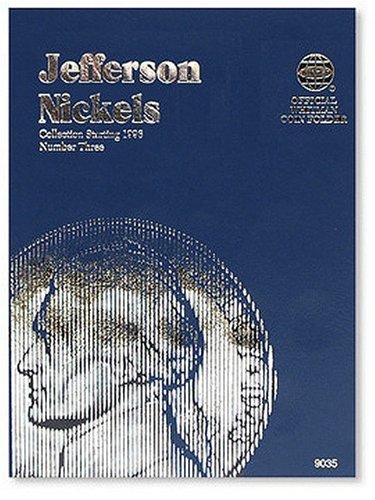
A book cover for Jefferson Nickels Folder Starting 1996 (Official Whitman Coin Folder); Whitman; Crafts, Hobbies & Home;